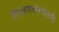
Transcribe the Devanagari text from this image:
शिक्षणसंस्थेतर्फे